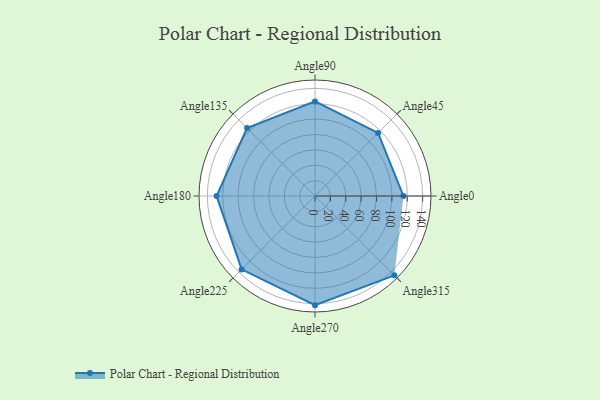
{"axis": {"x": "Angle", "y": "Radius"}, "legend": [""], "data": [{"x": "Angle0", "y": 115.0, "type": ""}, {"x": "Angle45", "y": 116.0, "type": ""}, {"x": "Angle90", "y": 123.0, "type": ""}, {"x": "Angle135", "y": 125.0, "type": ""}, {"x": "Angle180", "y": 128.0, "type": ""}, {"x": "Angle225", "y": 135.0, "type": ""}, {"x": "Angle270", "y": 142.0, "type": ""}, {"x": "Angle315", "y": 146.0, "type": ""}]}